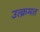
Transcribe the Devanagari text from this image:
उत्क्रमत